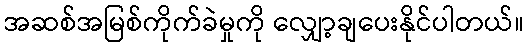
အဆစ်အမြစ်ကိုက်ခဲမှုကို လျှော့ချပေးနိုင်ပါတယ်။